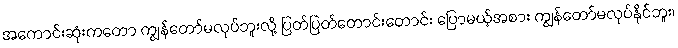
အကောင်းဆုံးကတော ကျွန်တော်မလုပ်ဘူးလို့ ပြတ်ပြတ်တောင်းတောင်း ပြောမယ့်အစား ကျွန်တော်မလုပ်နိုင်ဘူး၊